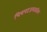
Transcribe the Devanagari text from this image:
चित्रपटजगतातील